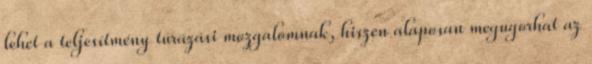
lehet a teljesítmény túrázási mozgalomnak, hiszen alaposan megugorhat az